Indian journal of veterinary science and animal husbandry - Volume 8,
Year: 1938
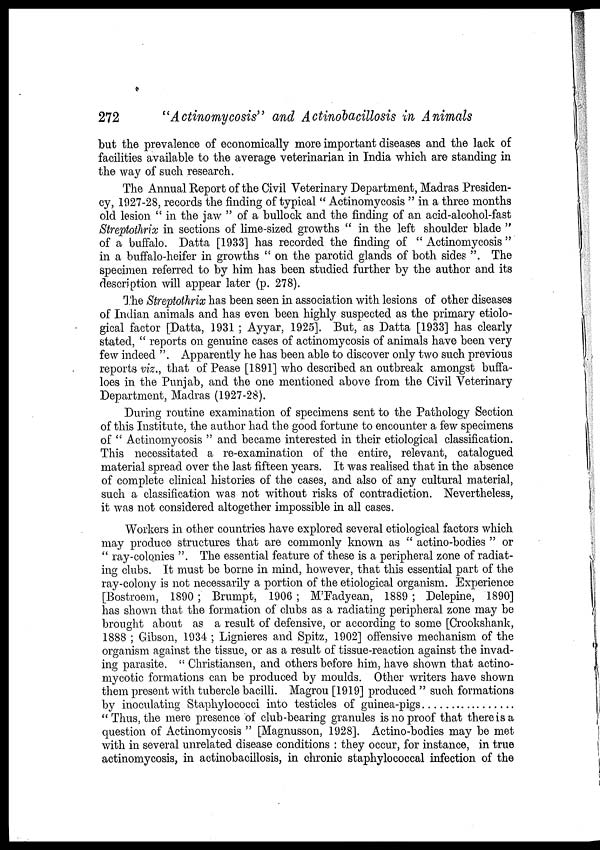
272
"Actinomycosis" and Actinobacillosis in Animals
but the prevalence of economically more important diseases and the lack of
facilities available to the average veterinarian in India which are standing in
the way of such research.
The Annual Report of the Civil Veterinary Department, Madras Presiden-
cy, 1927-28, records the finding of typical " Actinomycosis " in a three months
old lesion " in the jaw " of a bullock and the finding of an acid-alcohol-fast
Streptothrix in sections of lime-sized growths " in the left shoulder blade "
of a buffalo. Datta [1933] has recorded the finding of " Actinomycosis "
in a buffalo-heifer in growths " on the parotid glands of both sides ". The
specimen referred to by him has been studied further by the author and its
description will appear later (p. 278).
The Streptothrix has been seen in association with lesions of other diseases
of Indian animals and has even been highly suspected as the primary etiolo-
gical factor [Datta, 1931 ; Ayyar, 1925]. But, as Datta [1933] has clearly
stated, " reports on genuine cases of actinomycosis of animals have been very
few indeed ". Apparently he has been able to discover only two such previous
reports viz., that of Pease [1891] who described an outbreak amongst buffa-
loes in the Punjab, and the one mentioned above from the Civil Veterinary
Department, Madras (1927-28).
During routine examination of specimens sent to the Pathology Section
of this Institute, the author had the good fortune to encounter a few specimens
of " Actinomycosis " and became interested in their etiological classification.
This necessitated a re-examination of the entire, relevant, catalogued
material spread over the last fifteen years. It was realised that in the absence
of complete clinical histories of the cases, and also of any cultural material,
such a classification was not without risks of contradiction. Nevertheless,
it was not considered altogether impossible in all cases.
Workers in other countries have explored several etiological factors which
may produce structures that are commonly known as " actino-bodies " or
" ray-colonies ". The essential feature of these is a peripheral zone of radiat-
ing clubs. It must be borne in mind, however, that this essential part of the
ray-colony is not necessarily a portion of the etiological organism. Experience
[Bostroem, 1890 ; Brumpt, 1906 ; M'Fadyean, 1889 ; Delepine, 1890]
has shown that the formation of clubs as a radiating peripheral zone may be
brought about as a result of defensive, or according to some [Crookshank,
1888 ; Gibson, 1934 ; Lignieres and Spitz, 1902] offensive mechanism of the
organism against the tissue, or as a result of tissue-reaction against the invad-
ing parasite. " Christiansen, and others before him, have shown that actino-
mycotic formations can be produced by moulds. Other writers have shown
them present with tubercle bacilli. Magrou [1919] produced " such formations
by inoculating Staphylococci into testicles of guinea-pigs
"Thus, the mere presence of club-bearing granules is no proof that there is a
question of Actinomycosis " [Magnusson, 1928]. Actino-bodies may be met
with in several unrelated disease conditions : they occur, for instance, in true
actinomycosis, in actinobacillosis, in chronic staphylococcal infection of the